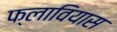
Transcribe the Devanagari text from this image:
फ्लावियास